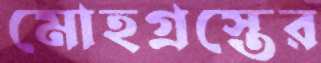
মোহগ্রস্তের